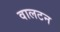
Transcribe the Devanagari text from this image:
वालटन